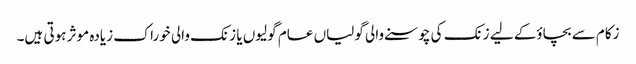
زکام سے بچاؤ‌کے لیے زنک کی چوسنے والی گولیاں عام گولیوں یا زنک والی خوراک زیادہ موثر ہوتی ہیں۔